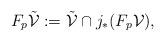
LaTeX: \begin{align*}F_p\mathcal{\tilde V}:=\mathcal{\tilde V}\cap j_*(F_p\mathcal V),\end{align*}